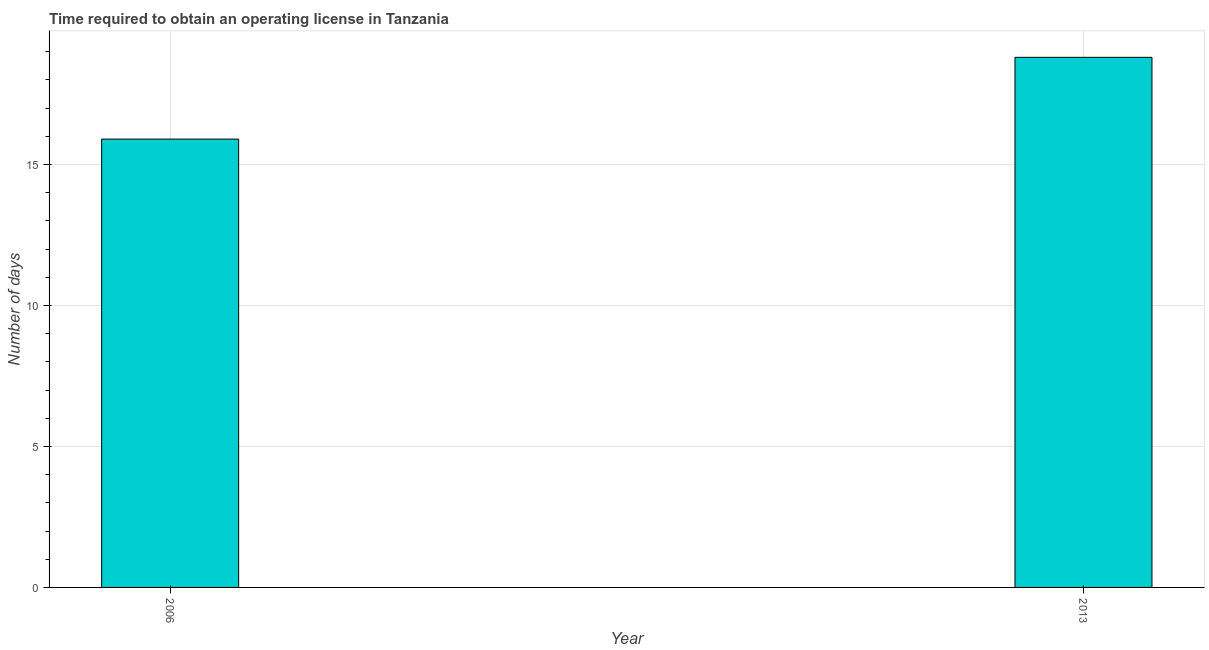
| Year | Obtain operating license |
 | --- | --- |
 | 2006 | 15.9 |
 | 2013 | 18.8 |